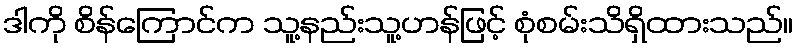
ဒါကို စိန်ကြောင်က သူ့နည်းသူ့ဟန်ဖြင့် စုံစမ်းသိရှိထားသည်။